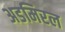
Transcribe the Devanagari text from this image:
अडमिरल